Annual vaccination report of Bihar and Orissa - 1911-1928
Year: 1911
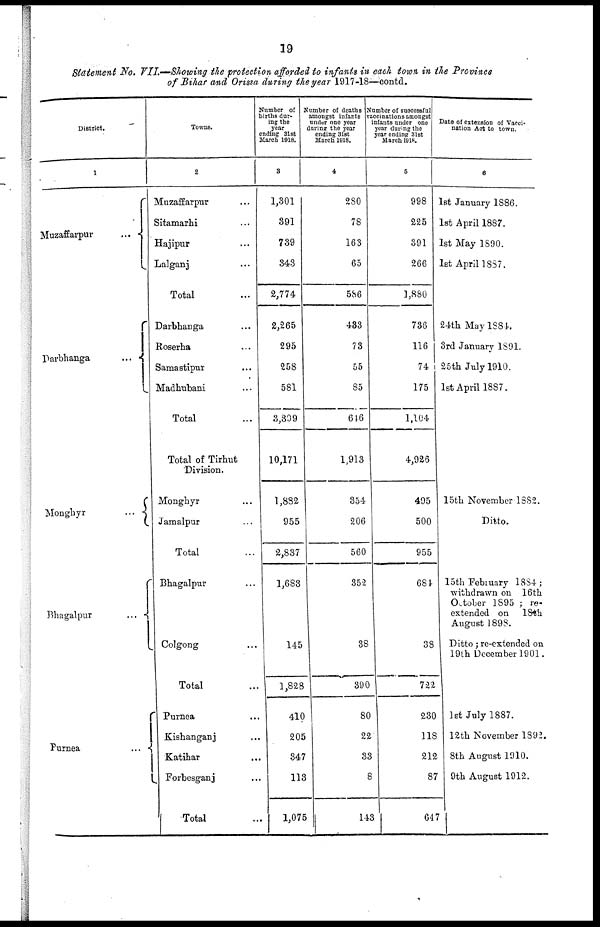
19
Statement No. VII.—Showing the protection afforded to infants in each town in the Province
of Bihar and Orissa during the year 1917-18—contd.
District.
1
Muzaffarpur
...
Parbhanga
...
Monghyr
...
Bhagalpur ...
Purnea
...
Towns.
2
Muzaffarpur...
Sitamarhi ...
Hajipur ...
Lalganj ...
Total ...
Darbhanga ...
Roserha ...
Samastipur ...
Madhubani ...
Total ...
Total of Tirhut
Division.
Monghyr ...
Jamalpur ...
Total ...
Bhagalpur ...
Colgong ...
Total ...
Purnea ...
Kishanganj ...
Katihar ...
Forbesganj ...
Total ...
Number of
births dur-
ing the
year
ending 31st
March 1918.
3
1,301
391
739
343
2,774
2,265
295
258
581
3,309
10,171
1,882
955
2,837
1,683
145
1,828
410
205
347
113
1,075
Number of deaths
amongst infants
under one year
during the year
ending 31st
March 1918.
4
280
78
163
65
586
433
73
55
85
616
1,913
354
206
560
352
38
390
80
22
33
8
143
Number of successful
vaccinations amongst
infants under one
year during the
year ending 31st
March 1918.
5
998
225
391
266
1,880
736
116
74
175
1,104
4,926
495
500
955
684
38
722
230
118
212
87
647
Data of extension of Vacci-
nation Act to town.
6
1st January 1886.
1st April 1887.
1st May 1890.
1st April 1887.
24th May 1884.
3rd January 1891.
25th July 1910.
1st April 1887.
15th November 1882.
Ditto.
15th February 1884 ;
withdrawn on 16th
October 1895 ; re-
extended on 18 th
August 1898.
Ditto; re-extended on
19th December 1901.
1st July 1887.
12th November 1892.
8th August 1910.
9th August 1912.